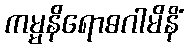
ကမ္မနိရောဓဂါမိနိံ